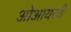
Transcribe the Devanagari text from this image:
ओआयसी